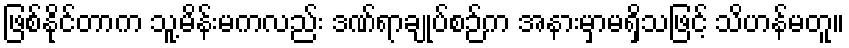
ဖြစ်နိုင်တာက သူ့မိန်းမကလည်း ဒဏ်ရာချုပ်စဉ်က အနားမှာမရှိသဖြင့် သိဟန်မတူ။